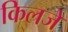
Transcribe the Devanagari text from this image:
किलजे